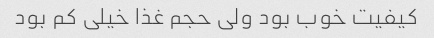
کیفیت خوب بود ولی حجم غذا خیلی کم بود